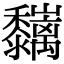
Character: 𪐑